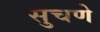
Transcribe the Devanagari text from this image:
सुचणे